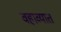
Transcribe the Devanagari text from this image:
वहाव्यात